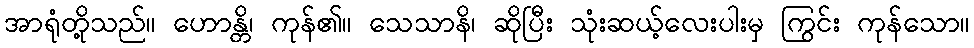
အာရုံတို့သည်။ ဟောန္တိ၊ ကုန်၏။ သေသာနိ၊ ဆိုပြီး သုံးဆယ့်လေးပါးမှ ကြွင်း ကုန်သော။